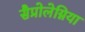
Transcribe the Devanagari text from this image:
सैप्रोलेग्निया